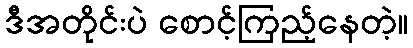
ဒီအတိုင်းပဲ စောင့်ကြည့်နေတဲ့။